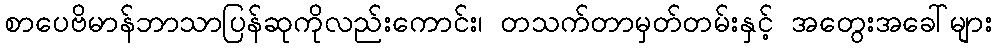
စာပေဗိမာန်ဘာသာပြန်ဆုကိုလည်းကောင်း၊ တသက်တာမှတ်တမ်းနှင့် အတွေးအခေါ်များ